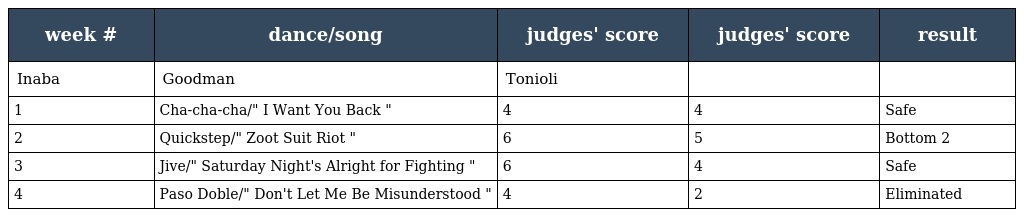
| week # | dance/song | judges' score | judges' score | result |
 | --- | --- | --- | --- | --- |
 | Inaba | Goodman | Tonioli |  |  |
 | 1 | Cha-cha-cha/" I Want You Back " | 4 | 4 | Safe |
 | 2 | Quickstep/" Zoot Suit Riot " | 6 | 5 | Bottom 2 |
 | 3 | Jive/" Saturday Night's Alright for Fighting " | 6 | 4 | Safe |
 | 4 | Paso Doble/" Don't Let Me Be Misunderstood " | 4 | 2 | Eliminated |